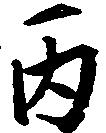
丙